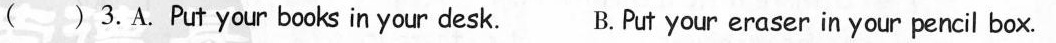
( )3.A.Put your books in your desk. B.Put your eraser in your pencil box.